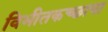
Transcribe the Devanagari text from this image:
विभीतकच्छाया